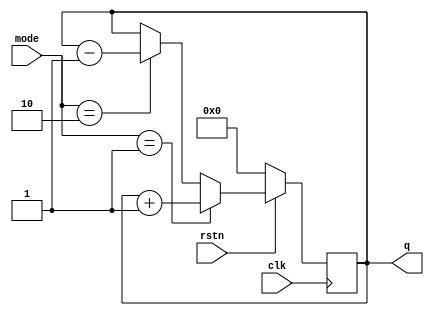
module incomplete_if ( input [1:0] mode,
             input clk,
            input rstn,
            output reg [3:0] q);

  always @ (posedge clk) begin
    if (! rstn)
      q <= 0;
    else begin
      if (mode == 1)
        q <= q + 1;
      else if (mode == 2)
        q <= q - 1;
    end
  end

endmodule